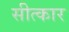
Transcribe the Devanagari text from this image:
सीत्कार